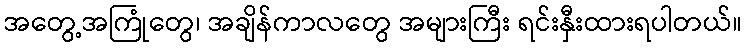
အတွေ့အကြုံတွေ၊ အချိန်ကာလတွေ အများကြီး ရင်းနှီးထားရပါတယ်။